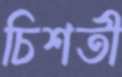
চিশতী